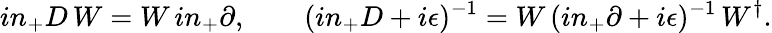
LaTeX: in_{+}D\, W=W\, in_{+}\partial,\qquad(in_{+}D+i\epsilon)^{-1}=W\, (in_{+}\partial+i\epsilon)^{-1}\, W^{\dagger}.